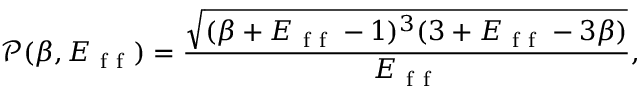
\mathscr { P } ( \beta , E _ { \mathrm { ~ f ~ f ~ } } ) = \frac { \sqrt { ( \beta + E _ { \mathrm { ~ f ~ f ~ } } - 1 ) ^ { 3 } ( 3 + E _ { \mathrm { ~ f ~ f ~ } } - 3 \beta ) } } { E _ { \mathrm { ~ f ~ f ~ } } } ,